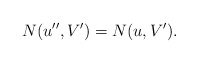
\begin{align*}N(u'',V')=N(u,V').\end{align*}